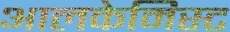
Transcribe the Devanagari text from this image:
आलकेमिस्ट